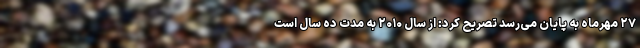
۲۷ مهرماه به پایان می‌رسد تصریح کرد: از سال ۲۰۱۰ به مدت ده سال است